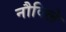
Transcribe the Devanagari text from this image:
नौविले